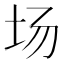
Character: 场